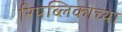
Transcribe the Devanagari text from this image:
रिपब्लिकाच्या